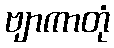
ဗျာကာတုံ